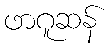
ဖာဂူဆန်